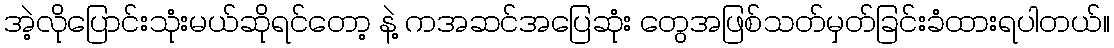
အဲ့လိုပြောင်းသုံးမယ်ဆိုရင်တော့ နဲ့ ကအဆင်အပြေဆုံး တွေအဖြစ်သတ်မှတ်ခြင်းခံထားရပါတယ်။